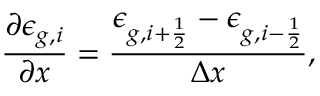
\frac { \partial \epsilon _ { g , i } } { \partial x } = \frac { \epsilon _ { g , i + \frac { 1 } { 2 } } - \epsilon _ { g , i - \frac { 1 } { 2 } } } { \Delta x } ,